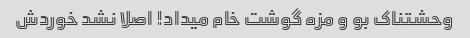
وحشتناک بو و مزه گوشت خام میداد! اصلا نشد خوردش